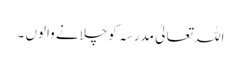
اللہ تعالیٰ مدرسہ کوچلانے والوں ۔